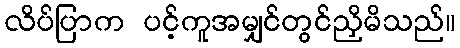
လိပ်ပြာက ပင့်ကူအမျှင်တွင်ညှိမိသည်။